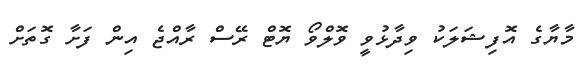
މާޔާގެ އޮފިޝަލަކު ވިދާޅުވީ ވޮލްވޯ ޔޮޓް ރޭސް ރާއްޖެ އިން ފަށާ ގޮތަށް